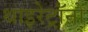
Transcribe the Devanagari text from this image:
थाइरेट्रॉनों